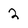
Character: 2